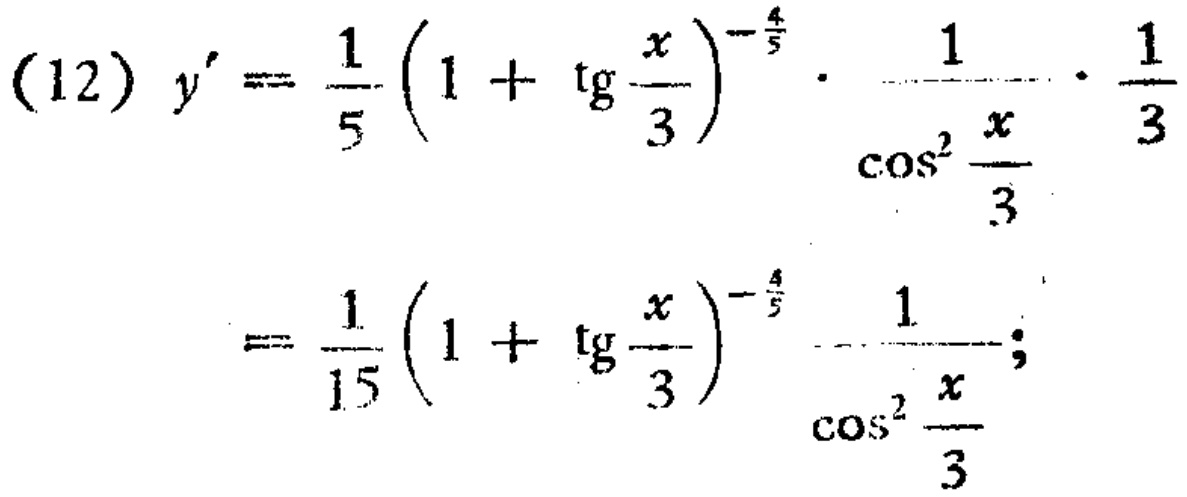
\begin{align*}
(12)\ y'&= \frac{1}{5}\left(1 + \operatorname{tg}\frac{x}{3}\right)^{-\frac{4}{5}}\cdot\frac{1}{\cos^{2}\frac{x}{3}}\cdot\frac{1}{3}\\
&=\frac{1}{15}\left(1 + \operatorname{tg}\frac{x}{3}\right)^{-\frac{4}{5}}\frac{1}{\cos^{2}\frac{x}{3}};
\end{align*}